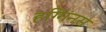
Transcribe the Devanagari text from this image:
हग्गिंनस